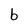
Character: b